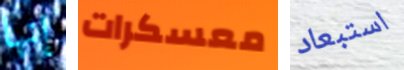
إنها معسكرات استبعاد